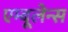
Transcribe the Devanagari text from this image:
एम्बूलेन्स